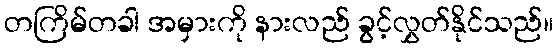
တကြိမ်တခါ အမှားကို နားလည် ခွင့်လွှတ်နိုင်သည်။